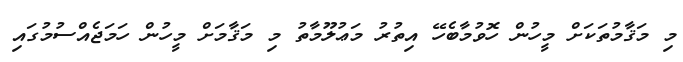
މި މަޤާމުތަކަށް މީހުން ހޮވުމާބެހޭ އިތުރު މަޢުލޫމާތު މި މަޤާމަށް މީހުން ހަމަޖެއްސުމުގައި